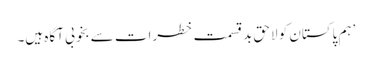
’ہم پاکستان کو لاحق بدقسمت خطرات سے بخوبی آگاہ ہیں۔